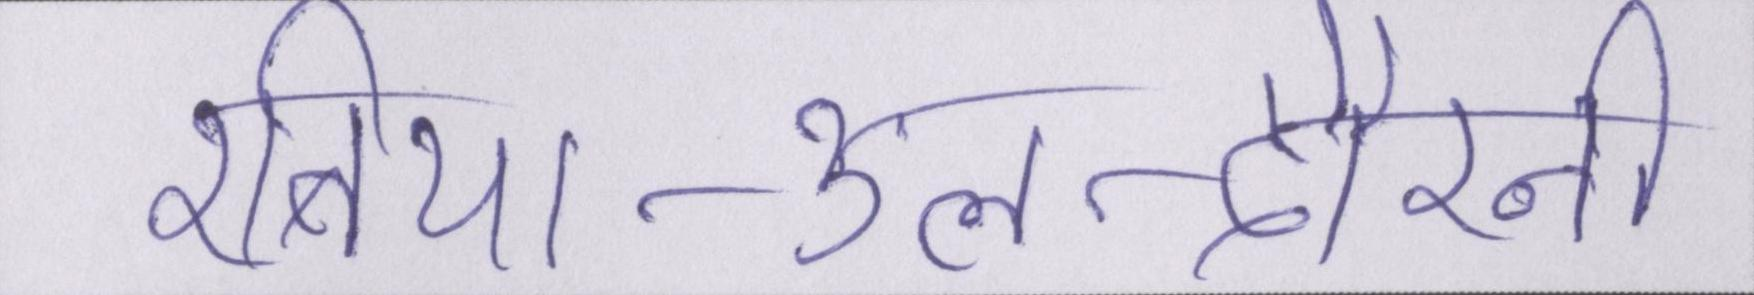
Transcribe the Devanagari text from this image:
रबिया-उल-दौरानी